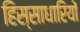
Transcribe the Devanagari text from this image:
हिस्साधारियों